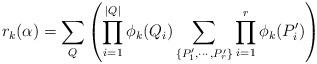
LaTeX: \begin{align*}r_k(\alpha) = \sum_Q\left(\prod_{i=1}^{|Q|}\phi_k(Q_i)\sum_{\{P'_1,\cdots,P'_r\}}\prod_{i=1}^r\phi_k(P'_i)\right)\end{align*}